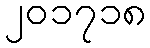
၂၀၁၇၁၈